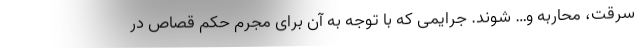
سرقت، محاربه و… شوند. جرایمی که با توجه به آن برای مجرم حکم قصاص در